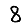
Digit: 8